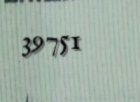
39751